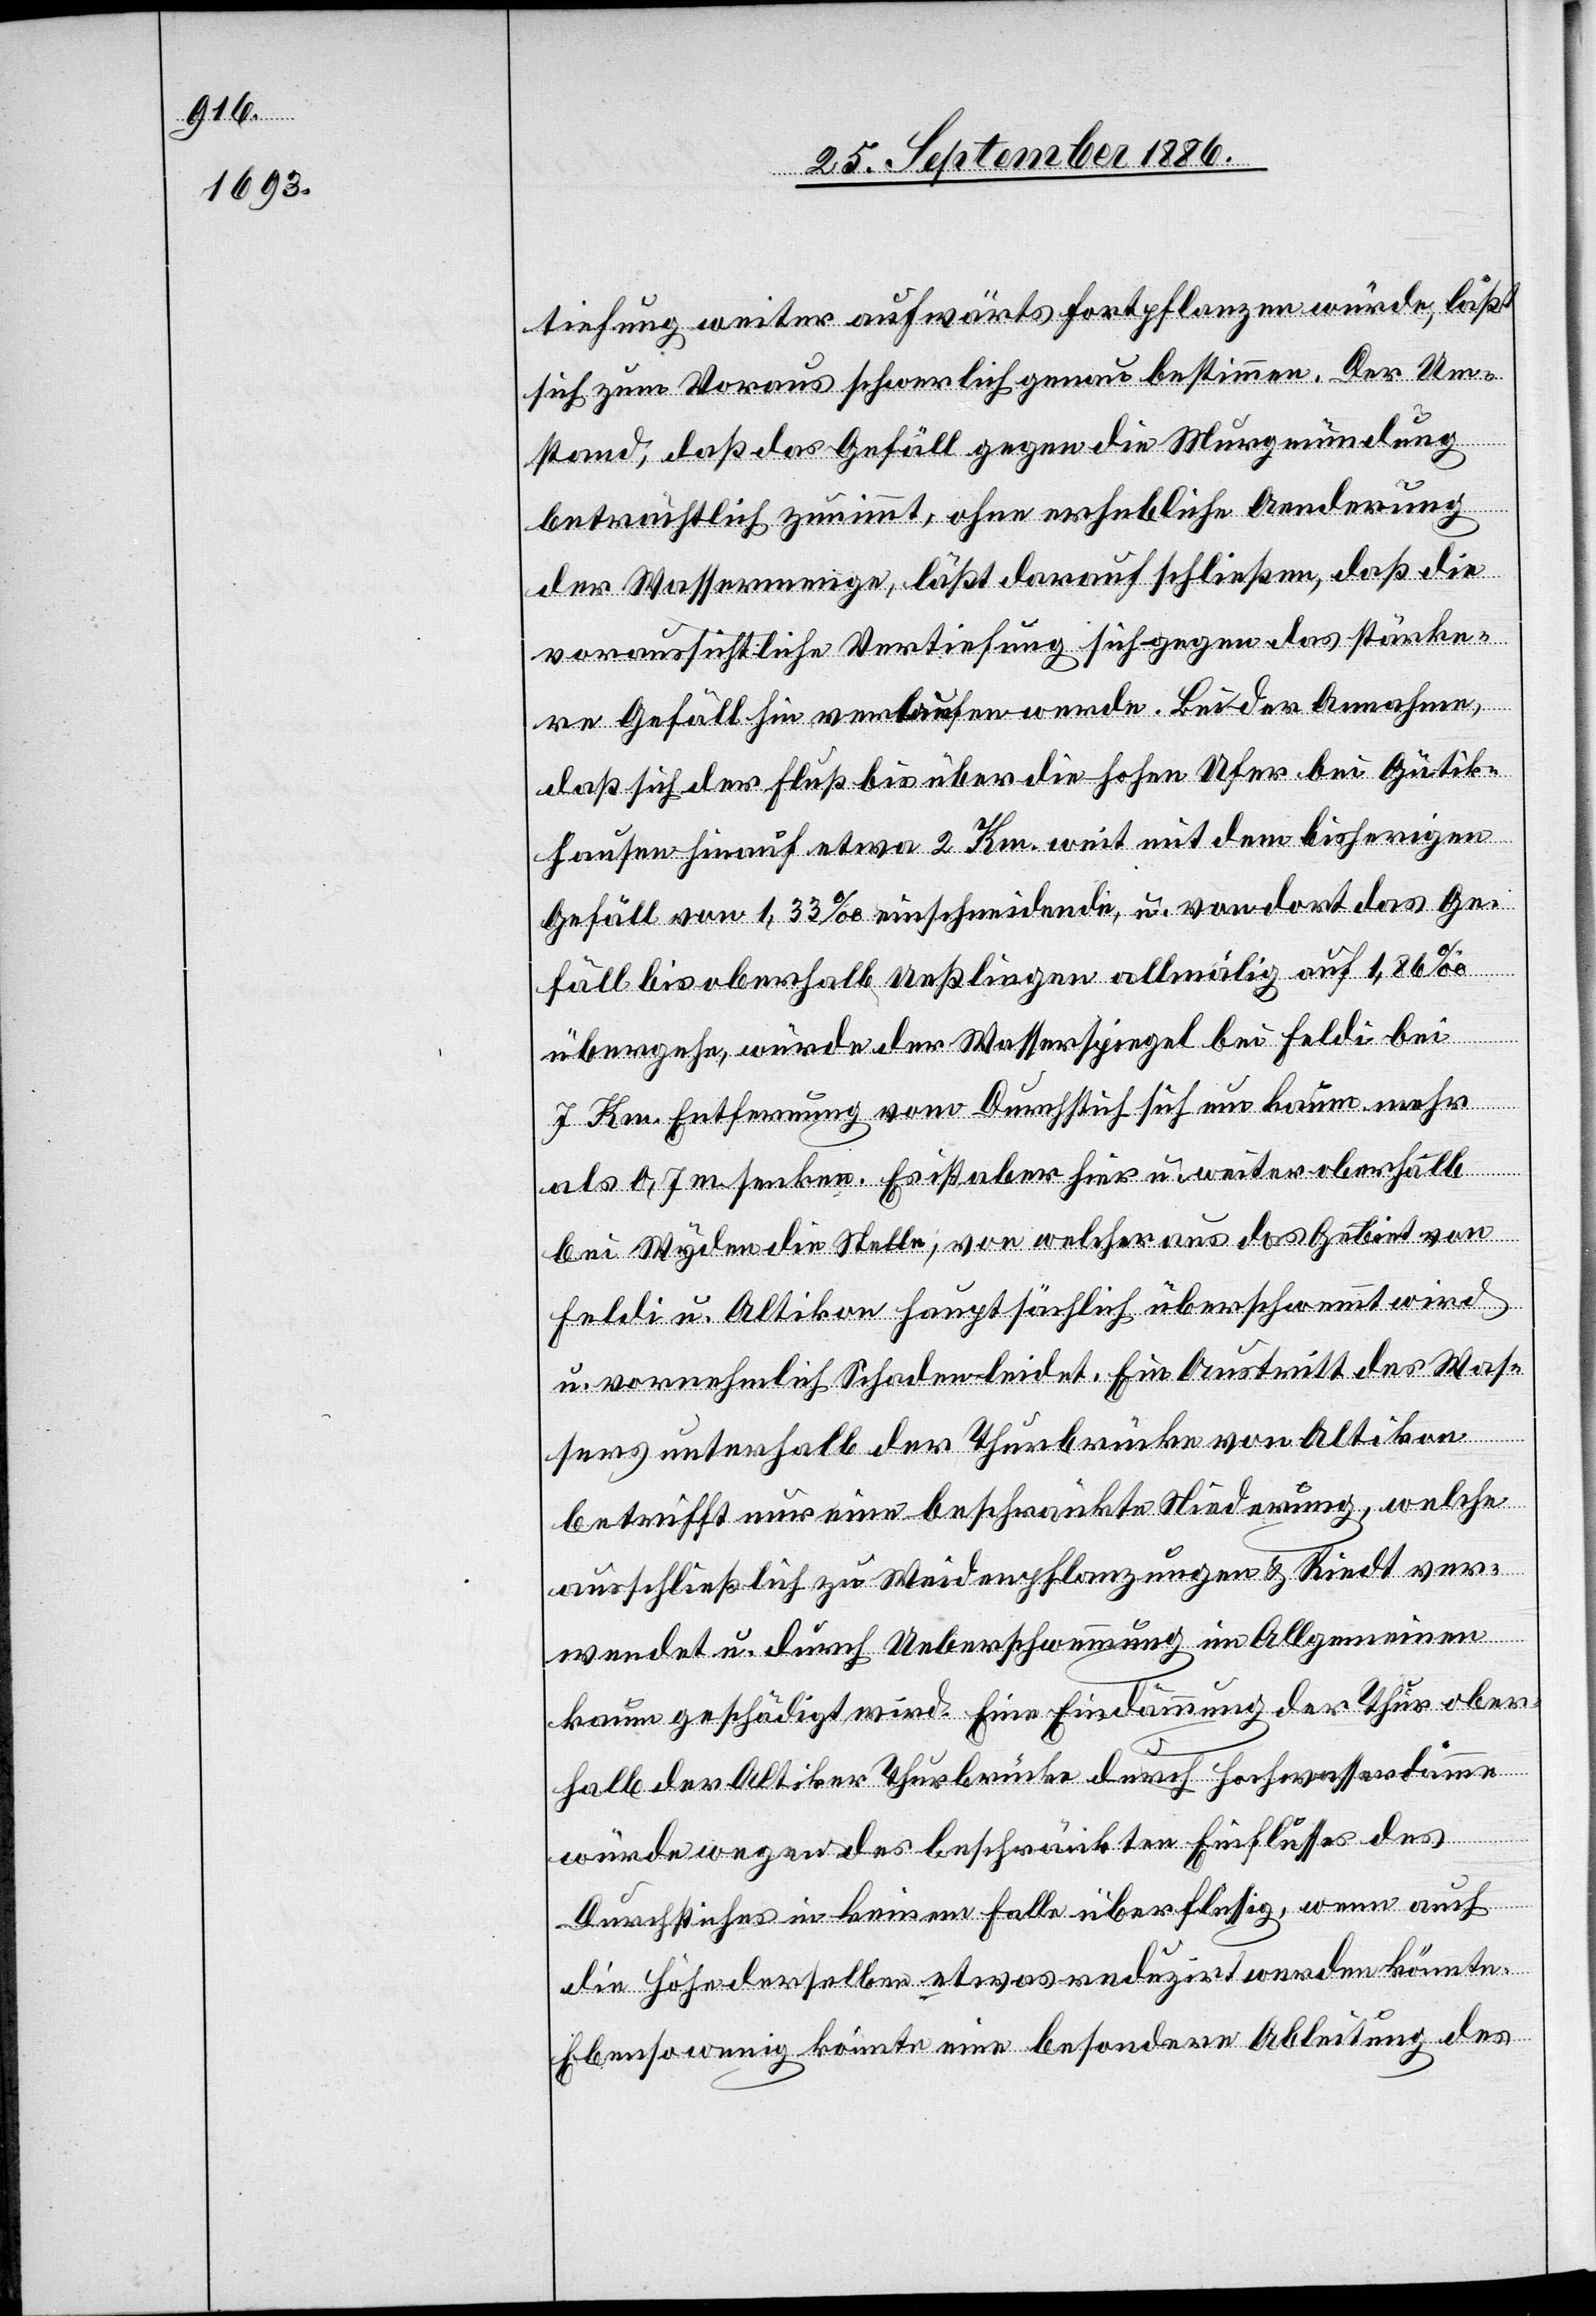
tiefung weiter aufwärts fortpflanzen würde, läßt
sich zum Voraus schwerlich genau bestimmen. Der Um¬
stand, daß das Gefäll gegen die Murgmündung
beträchtlich zunimmt, ohne erhebliche Aenderung
der Wassermenge, läßt darauf schließen, daß die
voraussichtliche Vertiefung sich gegen das stärke¬
re Gefäll hin verlaufen werde. Bei der Annahme,
daß sich der Fluß bis über die hohen Ufer bei Gütik¬
hausen hinauf etwa 2 Km weit mit dem bisherigen
Gefäll von 1,33‰ einschneide, u. von dort das Ge¬
fäll bis oberhalb Ueßlingen allmälig auf 1,86‰
übergehe, würde der Wasserspiegel bei Feldi bei
7 Km Entfernung vom Durchstich sich um kaum mehr
als 0,7 m senken. Es ist aber hier u. weiter oberhalb
bei Wyden die Stelle, von welcher aus das Gebiet von
Feldi u. Altikon hauptsächlich überschwemmt wird
u. vornehmlich Schaden leidet. Ein Austritt des Was¬
sers unterhalb der Thurbrücke von Altikon
betrifft nur eine beschränkte Niederung, welche
ausschließlich zu Weidenpflanzungen & Riedt ver¬
wendet u. durch Ueberschwemmung im Allgemeinen
kaum geschädigt wird. Eine Eindämmung der Thur ober¬
halb der Altiker Thurbrücke durch Hochwasserdämme
würde wegen des beschränkten Einflusses des
Durchstiches in keinem Falle überflüssig, wenn auch
die Höhe derselben etwas reduzirt werden könnte.
Ebensowenig könnte eine besondere Ableitung des